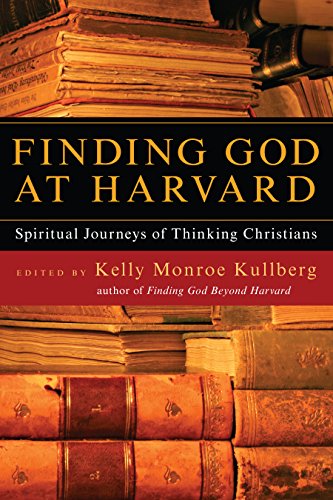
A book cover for Finding God at Harvard: Spiritual Journeys of Thinking Christians; Religion & Spirituality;